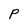
Character: P